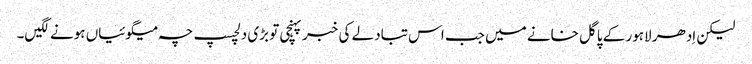
لیکن اِدھر لاہور کے پاگل خانے میں جب اس تبادلے کی خبر پہنچی تو بڑی دلچسپ چہ میگوئیاں ہونے لگیں۔